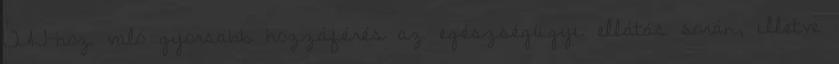
TAJ-hoz való gyorsabb hozzáférés az egészségügyi ellátás során, illetve